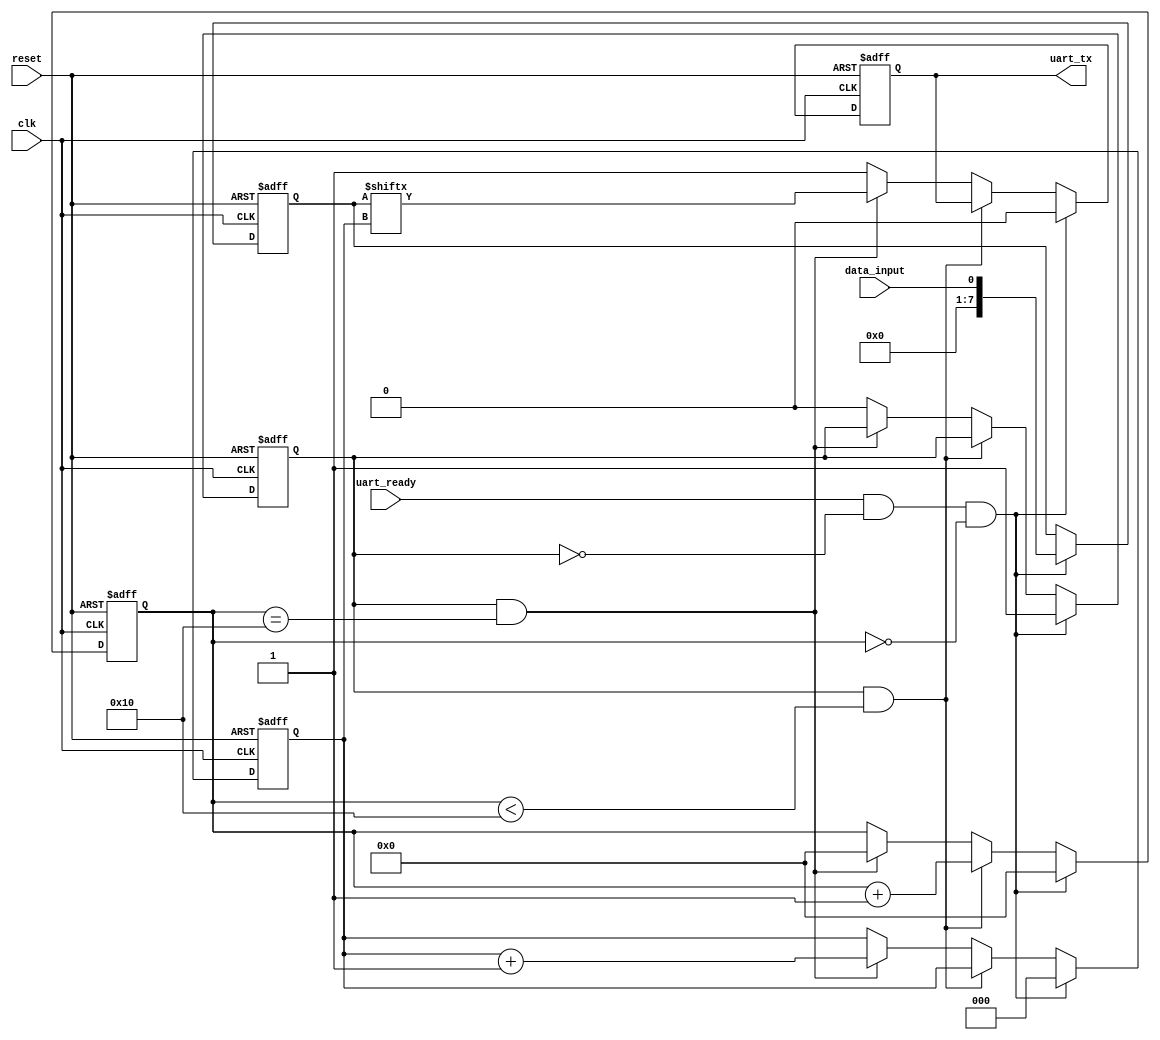
module uart_transmitter (
    input wire clk,
    input wire reset,
    input wire data_input,
    input wire uart_ready,
    output wire uart_tx
);

reg [7:0] data_buffer;
reg start_transmit;
reg [11:0] baud_counter;
reg [2:0] shift_counter;
reg shift_reg;

always @ (posedge clk or posedge reset) begin
    if (reset) begin
        data_buffer <= 8'b0;
        start_transmit <= 0;
        baud_counter <= 12'd0;
        shift_counter <= 3'd0;
        shift_reg <= 1'b1;
    end else begin
        if (uart_ready && !start_transmit && baud_counter == 12'd0) begin
            data_buffer <= data_input;
            start_transmit <= 1;
            baud_counter <= 12'd0;
            shift_counter <= 3'd0;
            shift_reg <= 1'b0;
        end else if (start_transmit && baud_counter < 12'd16) begin
            baud_counter <= baud_counter + 1;
        end else if (start_transmit && baud_counter == 12'd16) begin
            shift_counter <= shift_counter + 1;
            shift_reg <= data_buffer[shift_counter];
            baud_counter <= 12'd0;
        end else begin
            start_transmit <= 0;
            shift_reg <= 1'b1;
        end
    end
end

assign uart_tx = shift_reg;

endmodule